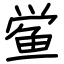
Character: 鲎